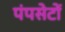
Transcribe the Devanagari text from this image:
पंपसेटों